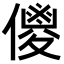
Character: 儍